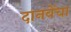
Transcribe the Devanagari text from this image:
दानवेंचा